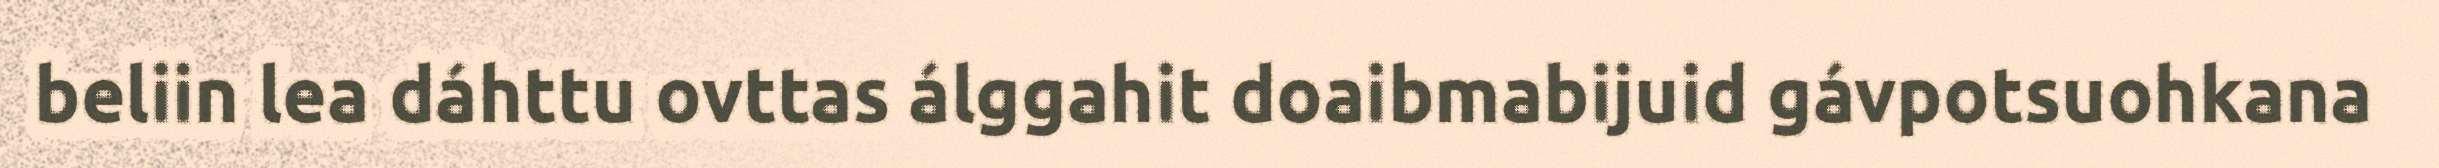
beliin lea dáhttu ovttas álggahit doaibmabijuid gávpotsuohkana